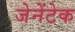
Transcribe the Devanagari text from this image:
जेनेंटेक